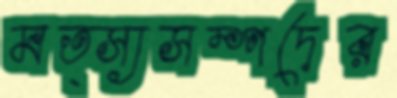
মত্স্যসম্পদের